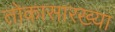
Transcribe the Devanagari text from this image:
तोकासारख्या